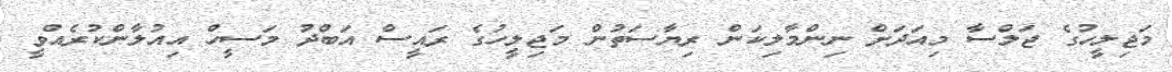
މަޖިލީހުގެ ޖަލްސާ މިއަދަށް ނިންމާލިކަން ރިޔާސަތުން މަޖިލީހުގެ ރައީސް އަބްދު މަސީހް އިއުލާންކުރެއްވީ